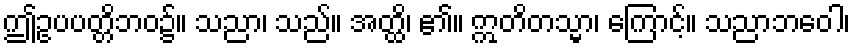
ဤဥပပတ္တိဘဝ၌။ သညာ၊ သည်။ အတ္ထိ၊ ၏။ ဣတိတသ္မာ၊ ကြောင့်။ သညာဘဝေါ၊